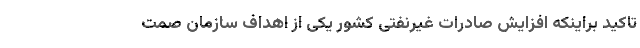
تاکید بر‌اینکه افزایش صادرات غیرنفتی کشور یکی از اهداف سازمان صمت